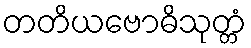
တတိယဗောဓိသုတ္တံ